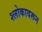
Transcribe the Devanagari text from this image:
श्लोकावरून